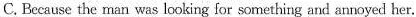
C. Because the man was looking for something and annoyed her.